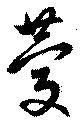
慶